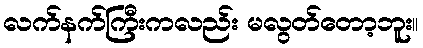
လက်နက်ကြီးကလည်း မလွတ်တော့ဘူး။